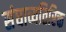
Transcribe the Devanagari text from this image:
संघाव्यतिरिक्त